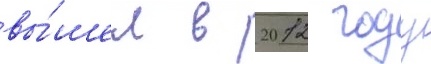
вы́шел в 2012 году